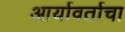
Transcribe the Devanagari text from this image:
आर्यावर्ताचा